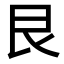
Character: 艮